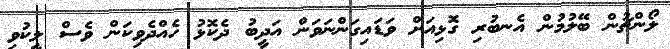
ލޯންޗުން ބޭލުމުން އެނބުރި ގޮޅިއަށް ވަޑައިގަންނަވަން އަދީބު ދެކޮޅު ހެއްދެވިކަން ވެސް ލީކުވި